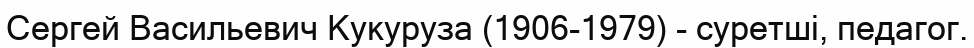
Сергей Васильевич Кукуруза (1906-1979) - суретші, педагог.